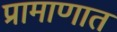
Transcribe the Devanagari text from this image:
प्रामाणात